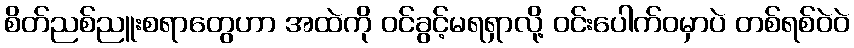
စိတ်ညစ်ညူးစရာတွေဟာ အထဲကို ဝင်ခွင့်မရရှာလို့ ဝင်းပေါက်ဝမှာပဲ တစ်ရစ်ဝဲဝဲ